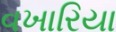
વખારિયા